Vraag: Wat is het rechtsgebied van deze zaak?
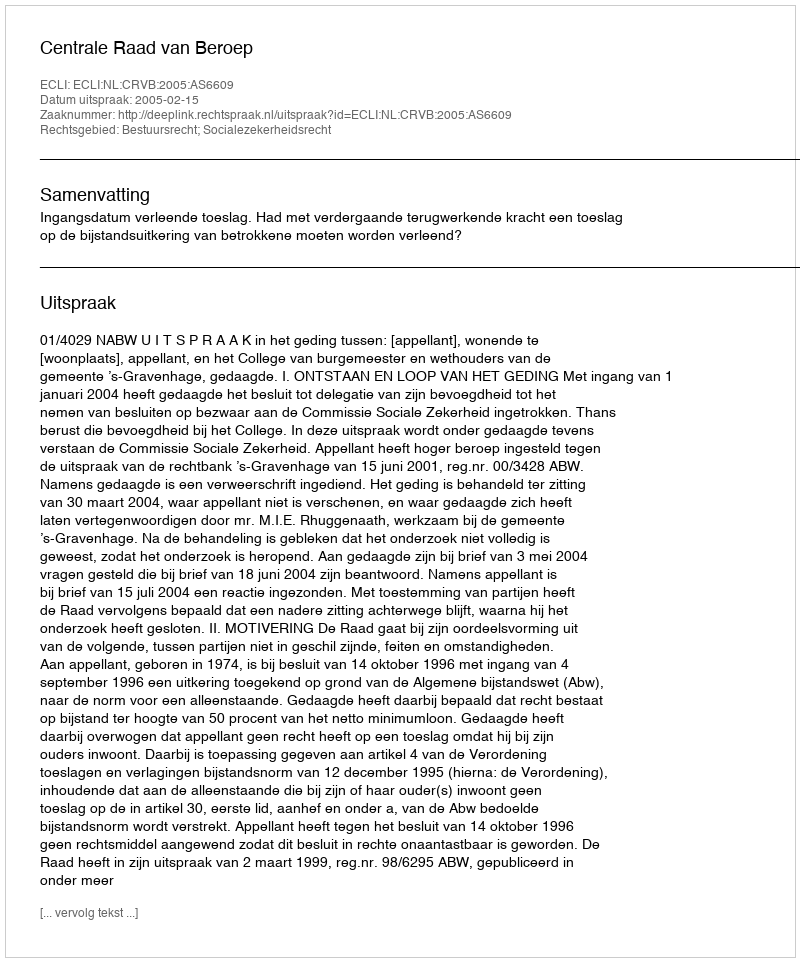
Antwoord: Bestuursrecht; Socialezekerheidsrecht